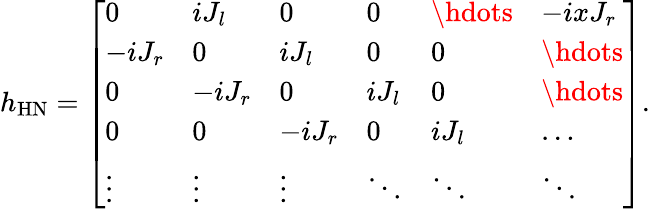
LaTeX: \begin{array}{r}{h_{\mathrm{HN}}=\left[\begin{array}{llllll}{0}&{iJ_{l}}&{0}&{0}&{\hdots}&{-ixJ_{r}}\\ {-iJ_{r}}&{0}&{iJ_{l}}&{0}&{0}&{\hdots}\\ {0}&{-iJ_{r}}&{0}&{iJ_{l}}&{0}&{\hdots}\\ {0}&{0}&{-iJ_{r}}&{0}&{iJ_{l}}&{\dots}\\ {\vdots}&{\vdots}&{\vdots}&{\ddots}&{\ddots}&{\ddots}\end{array}\right].}\end{array}